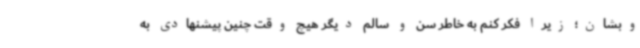
وبشان؛ زیرا فکر کنم به خاطر سن و سالم دیگر هیچ وقت چنین پیشنهادی به